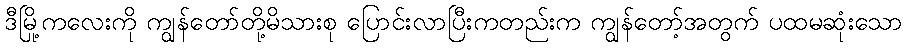
ဒီမြို့ကလေးကို ကျွန်တော်တို့မိသားစု ပြောင်းလာပြီးကတည်းက ကျွန်တော့်အတွက် ပထမဆုံးသော